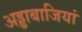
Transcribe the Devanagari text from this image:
अड्डाबाजियां